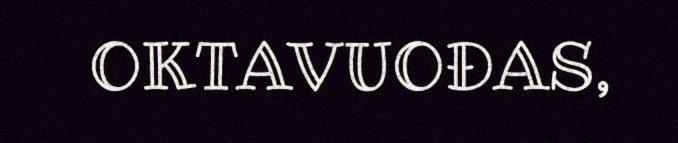
OKTAVUOĐAS,